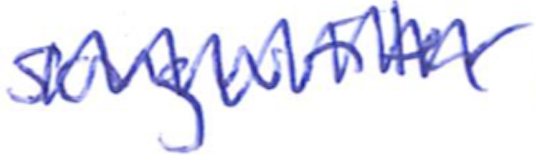
Text: songwriter
Cross-out: zig-zag
Writing tool: ballpoint